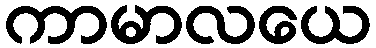
ကာမာလယေ